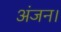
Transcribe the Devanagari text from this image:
अंजन।